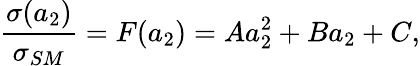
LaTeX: \frac{\sigma(a_{2})}{\sigma_{SM}}=F(a_{2})=Aa_{2}^{2}+Ba_{2}+C,